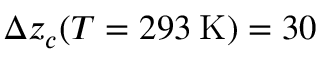
\Delta z _ { c } ( T = 2 9 3 \: \mathrm { K } ) = 3 0